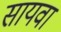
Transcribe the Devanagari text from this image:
सायवा